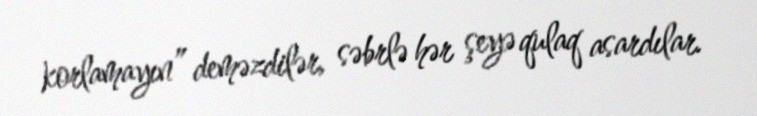
korlamayın” deməzdilər, səbrlə hər şeyə qulaq asardılar.